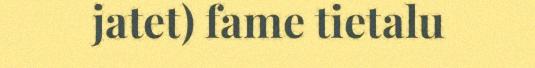
jatet) fame tietalu